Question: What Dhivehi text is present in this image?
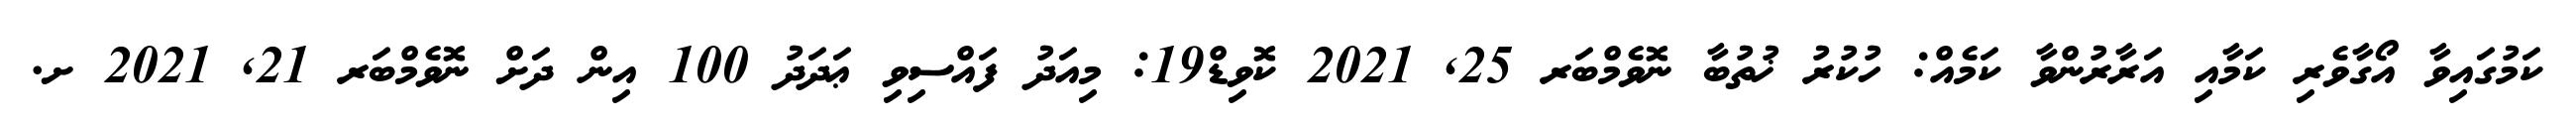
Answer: ކަމުގައިވާ އޯގާވެރި ކަމާއި އަރާރުންވާ ކަމެއް: ހުކުރު ޚުތުބާ ނޮވެމްބަރ 25, 2021 ކޮވިޑް19: މިއަދު ފައްސިވި ޢަދަދު 100 އިން ދަށް ނޮވެމްބަރ 21, 2021 ށ.